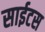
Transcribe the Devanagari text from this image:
साईटस